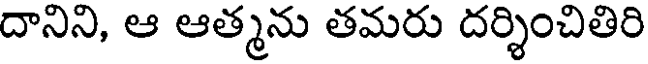
దానిని, ఆ ఆత్మను తమరు దర్శించితిరి